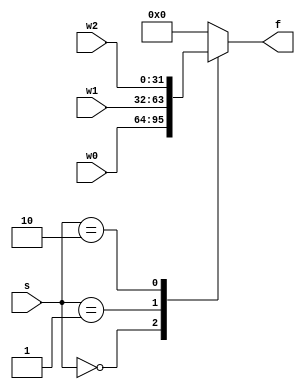
module mux_3x1 #(parameter N =32 )
				(
					input [N-1:0] w0,
					input [N-1:0] w1,
					input [N-1:0] w2,
					input [1:0] s,
					output reg [N-1:0] f
				);
				
				
				always @(w0,w1,w2,s)
				 begin
					case (s)
					 2'b00 : f = w0;
					 2'b01 : f =w1;
					 2'b10 : f = w2;
					 default : f = 0;
					endcase
				 end

    
endmodule